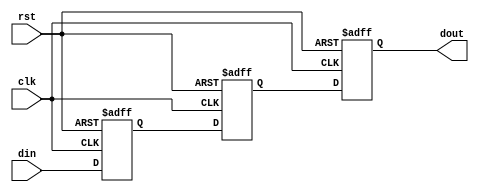
module cascade_synchronizer (
  input wire clk,
  input wire rst,
  input wire din,
  output reg dout
);

reg [2:0] stage1, stage2, stage3;

always @(posedge clk or posedge rst) begin
  if (rst) begin
    stage1 <= 3'd0;
    stage2 <= 3'd0;
    stage3 <= 3'd0;
  end else begin
    stage3 <= stage2;
    stage2 <= stage1;
    stage1 <= din;
  end
end

assign dout = stage3;

endmodule